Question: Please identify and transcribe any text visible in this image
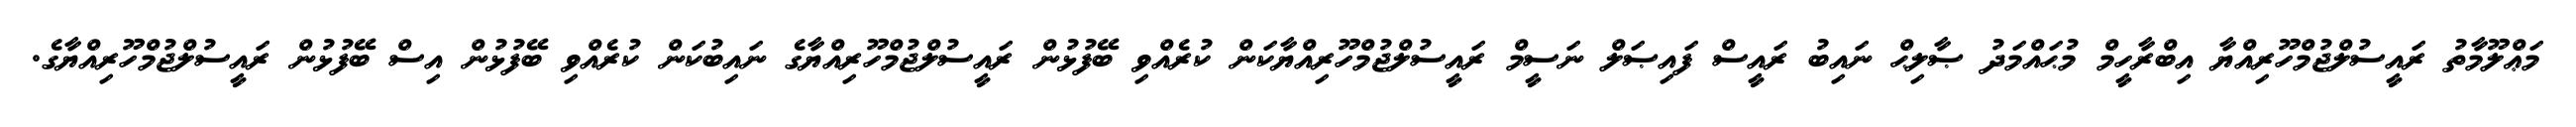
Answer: މަޢްލޫމާތު ރައީސުލްޖުމްހޫރިއްޔާ އިބްރާހީމް މުޙައްމަދު ޞާލިޙް ނައިބު ރައީސް ފައިޞަލް ނަސީމް ރައީސުލްޖުމްހޫރިއްޔާކަން ކުރެއްވި ބޭފުޅުން ރައީސުލްޖުމްހޫރިއްޔާގެ ނައިބުކަން ކުރެއްވި ބޭފުޅުން އިސް ބޭފުޅުން ރައީސުލްޖުމްހޫރިއްޔާގެ.